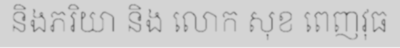
និងភរិយា និង លោក សុខ ពេញវុធ